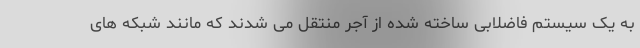
به یک سیستم فاضلابی ساخته شده از آجر منتقل می شدند که مانند شبکه های